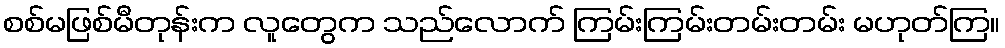
စစ်မဖြစ်မီတုန်းက လူတွေက သည်လောက် ကြမ်းကြမ်းတမ်းတမ်း မဟုတ်ကြ။